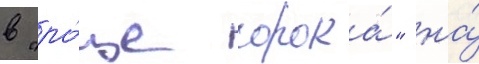
в "ро́ще сорока́" на́